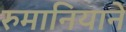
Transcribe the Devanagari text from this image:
रुमानियाने